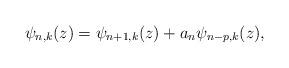
LaTeX: \begin{align*}\psi_{n,k}(z)=\psi_{n+1,k}(z)+a_n\psi_{n-p,k}(z),\end{align*}